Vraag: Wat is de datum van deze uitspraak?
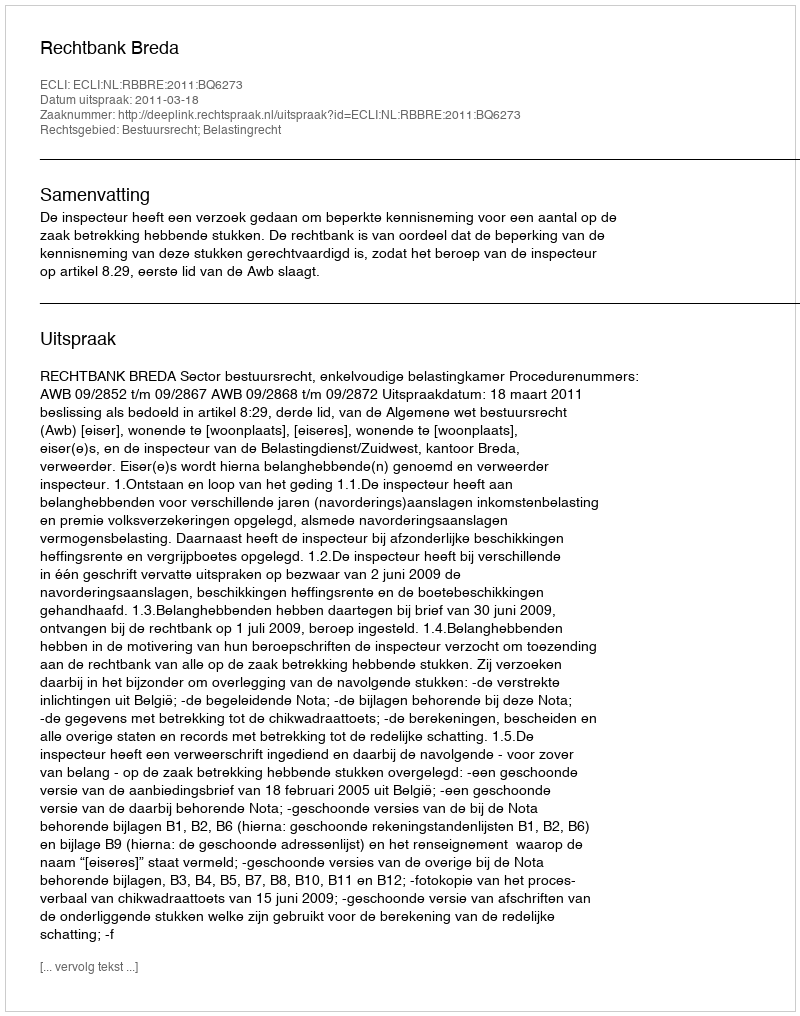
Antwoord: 2011-03-18